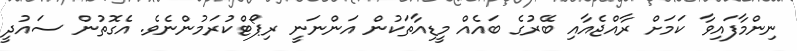
ނިންމާފައިވާ ކަމަށް ރާއްޖެއާއި ބޭރުގެ ބައެއް މީޑިއާތަކުން އަންނަނީ ރިޕޯޓްކުރަމުންނެވެ. އެގޮތުން ސައުދީ